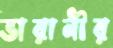
ভারানীর